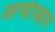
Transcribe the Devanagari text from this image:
अग्ग्रेग्र्सन